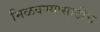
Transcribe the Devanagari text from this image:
मिळवण्यासाठीच